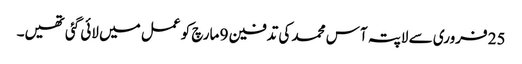
25 فروری سے لاپتہ آس محمد کی تدفین 9 مارچ کو عمل میں لائی گئی تھیں۔